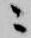
ニ